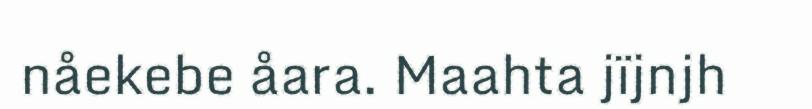
nåekebe åara. Maahta jïjnjh